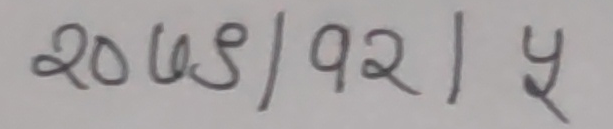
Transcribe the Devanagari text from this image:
२०७९/१२/५